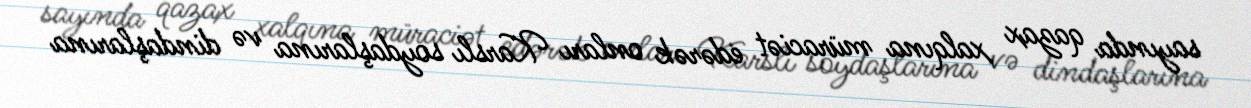
sayında qazax xalqına müraciət edərək onları Karslı soydaşlarına və dindaşlarına